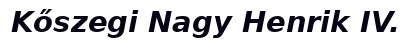
Kőszegi Nagy Henrik IV.